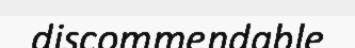
discommendable